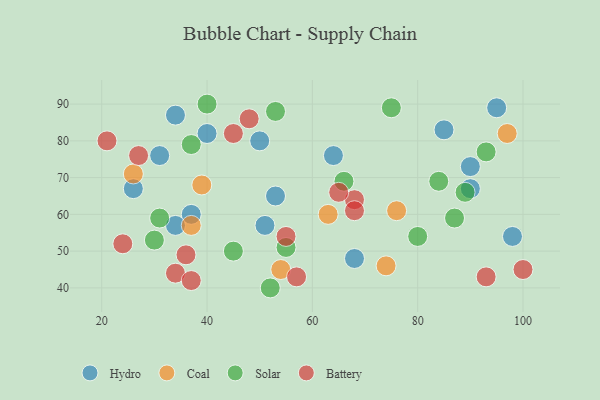
{"axis": {"x": "GDP", "y": "Life Expectancy"}, "legend": ["Battery", "Coal", "Hydro", "Solar"], "data": [{"x": "51", "y": 57, "type": "Hydro"}, {"x": "37", "y": 60, "type": "Hydro"}, {"x": "98", "y": 54, "type": "Hydro"}, {"x": "90", "y": 67, "type": "Hydro"}, {"x": "64", "y": 76, "type": "Hydro"}, {"x": "50", "y": 80, "type": "Hydro"}, {"x": "68", "y": 48, "type": "Hydro"}, {"x": "90", "y": 73, "type": "Hydro"}, {"x": "34", "y": 57, "type": "Hydro"}, {"x": "40", "y": 82, "type": "Hydro"}, {"x": "85", "y": 83, "type": "Hydro"}, {"x": "34", "y": 87, "type": "Hydro"}, {"x": "26", "y": 67, "type": "Hydro"}, {"x": "95", "y": 89, "type": "Hydro"}, {"x": "31", "y": 76, "type": "Hydro"}, {"x": "53", "y": 65, "type": "Hydro"}, {"x": "39", "y": 68, "type": "Coal"}, {"x": "26", "y": 71, "type": "Coal"}, {"x": "76", "y": 61, "type": "Coal"}, {"x": "37", "y": 57, "type": "Coal"}, {"x": "63", "y": 60, "type": "Coal"}, {"x": "74", "y": 46, "type": "Coal"}, {"x": "97", "y": 82, "type": "Coal"}, {"x": "54", "y": 45, "type": "Coal"}, {"x": "84", "y": 69, "type": "Solar"}, {"x": "75", "y": 89, "type": "Solar"}, {"x": "53", "y": 88, "type": "Solar"}, {"x": "30", "y": 53, "type": "Solar"}, {"x": "89", "y": 66, "type": "Solar"}, {"x": "31", "y": 59, "type": "Solar"}, {"x": "87", "y": 59, "type": "Solar"}, {"x": "66", "y": 69, "type": "Solar"}, {"x": "93", "y": 77, "type": "Solar"}, {"x": "40", "y": 90, "type": "Solar"}, {"x": "45", "y": 50, "type": "Solar"}, {"x": "80", "y": 54, "type": "Solar"}, {"x": "55", "y": 51, "type": "Solar"}, {"x": "37", "y": 79, "type": "Solar"}, {"x": "52", "y": 40, "type": "Solar"}, {"x": "34", "y": 44, "type": "Battery"}, {"x": "36", "y": 49, "type": "Battery"}, {"x": "45", "y": 82, "type": "Battery"}, {"x": "48", "y": 86, "type": "Battery"}, {"x": "68", "y": 64, "type": "Battery"}, {"x": "27", "y": 76, "type": "Battery"}, {"x": "68", "y": 61, "type": "Battery"}, {"x": "55", "y": 54, "type": "Battery"}, {"x": "57", "y": 43, "type": "Battery"}, {"x": "100", "y": 45, "type": "Battery"}, {"x": "21", "y": 80, "type": "Battery"}, {"x": "24", "y": 52, "type": "Battery"}, {"x": "37", "y": 42, "type": "Battery"}, {"x": "93", "y": 43, "type": "Battery"}, {"x": "65", "y": 66, "type": "Battery"}]}